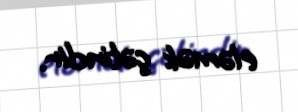
eləmək çətindir.